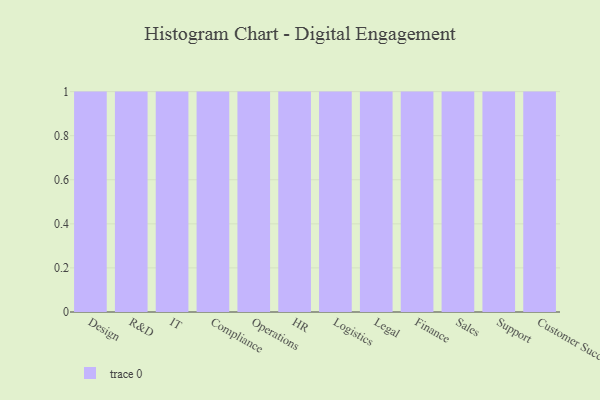
{"axis": {"x": "Department", "y": "Active Users"}, "legend": [""], "data": [{"x": "Design", "y": 21, "type": ""}, {"x": "R&D", "y": 35, "type": ""}, {"x": "IT", "y": 60, "type": ""}, {"x": "Compliance", "y": 91, "type": ""}, {"x": "Operations", "y": 8, "type": ""}, {"x": "HR", "y": 77, "type": ""}, {"x": "Logistics", "y": 89, "type": ""}, {"x": "Legal", "y": 93, "type": ""}, {"x": "Finance", "y": 75, "type": ""}, {"x": "Sales", "y": 90, "type": ""}, {"x": "Support", "y": 42, "type": ""}, {"x": "Customer Success", "y": 100, "type": ""}]}